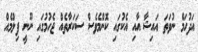
އަދުހަމް ނުވަތަ އައިޝާ އާއި އެކުގައި ކޮންމެވެސް ސަކަރާތެއް ޖެހުމުގައި ނޫނީ ފިލްމެއް